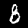
Label: 8